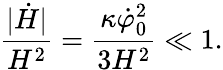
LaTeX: {\frac{|\dot{H}|}{H^{2}}}={\frac{\kappa\dot{\varphi}_{0}^{2}}{3H^{2}}}\ll 1.